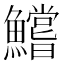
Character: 鱨